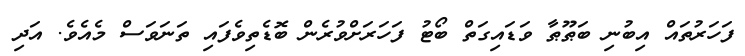
ފަހަރުތައް އިބުނި ބަޠޫޠާ ވަޑައިގަތް ބޯޓު ފަހަރަށްވުރެން ބޮޑެތިވެފައި ތަނަވަސް މެއެވެ. އަދި